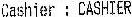
CASHIER : CASHIER